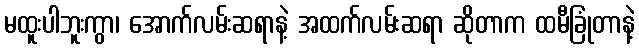
မထူးပါဘူးကွာ၊ အောက်လမ်းဆရာနဲ့ အထက်လမ်းဆရာ ဆိုတာက ထမီခြုံတာနဲ့